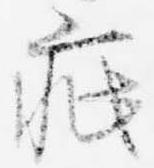
疵